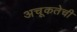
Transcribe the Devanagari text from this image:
अचूकतेची